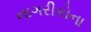
નાગરીકોના